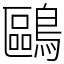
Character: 鷗